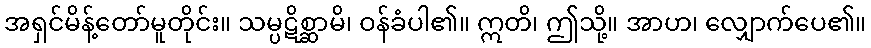
အရှင်မိန့်တော်မူတိုင်း။ သမ္ပဋိစ္ဆာမိ၊ ဝန်ခံပါ၏။ ဣတိ၊ ဤသို့။ အာဟ၊ လျှောက်ပေ၏။